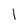
Character: 1